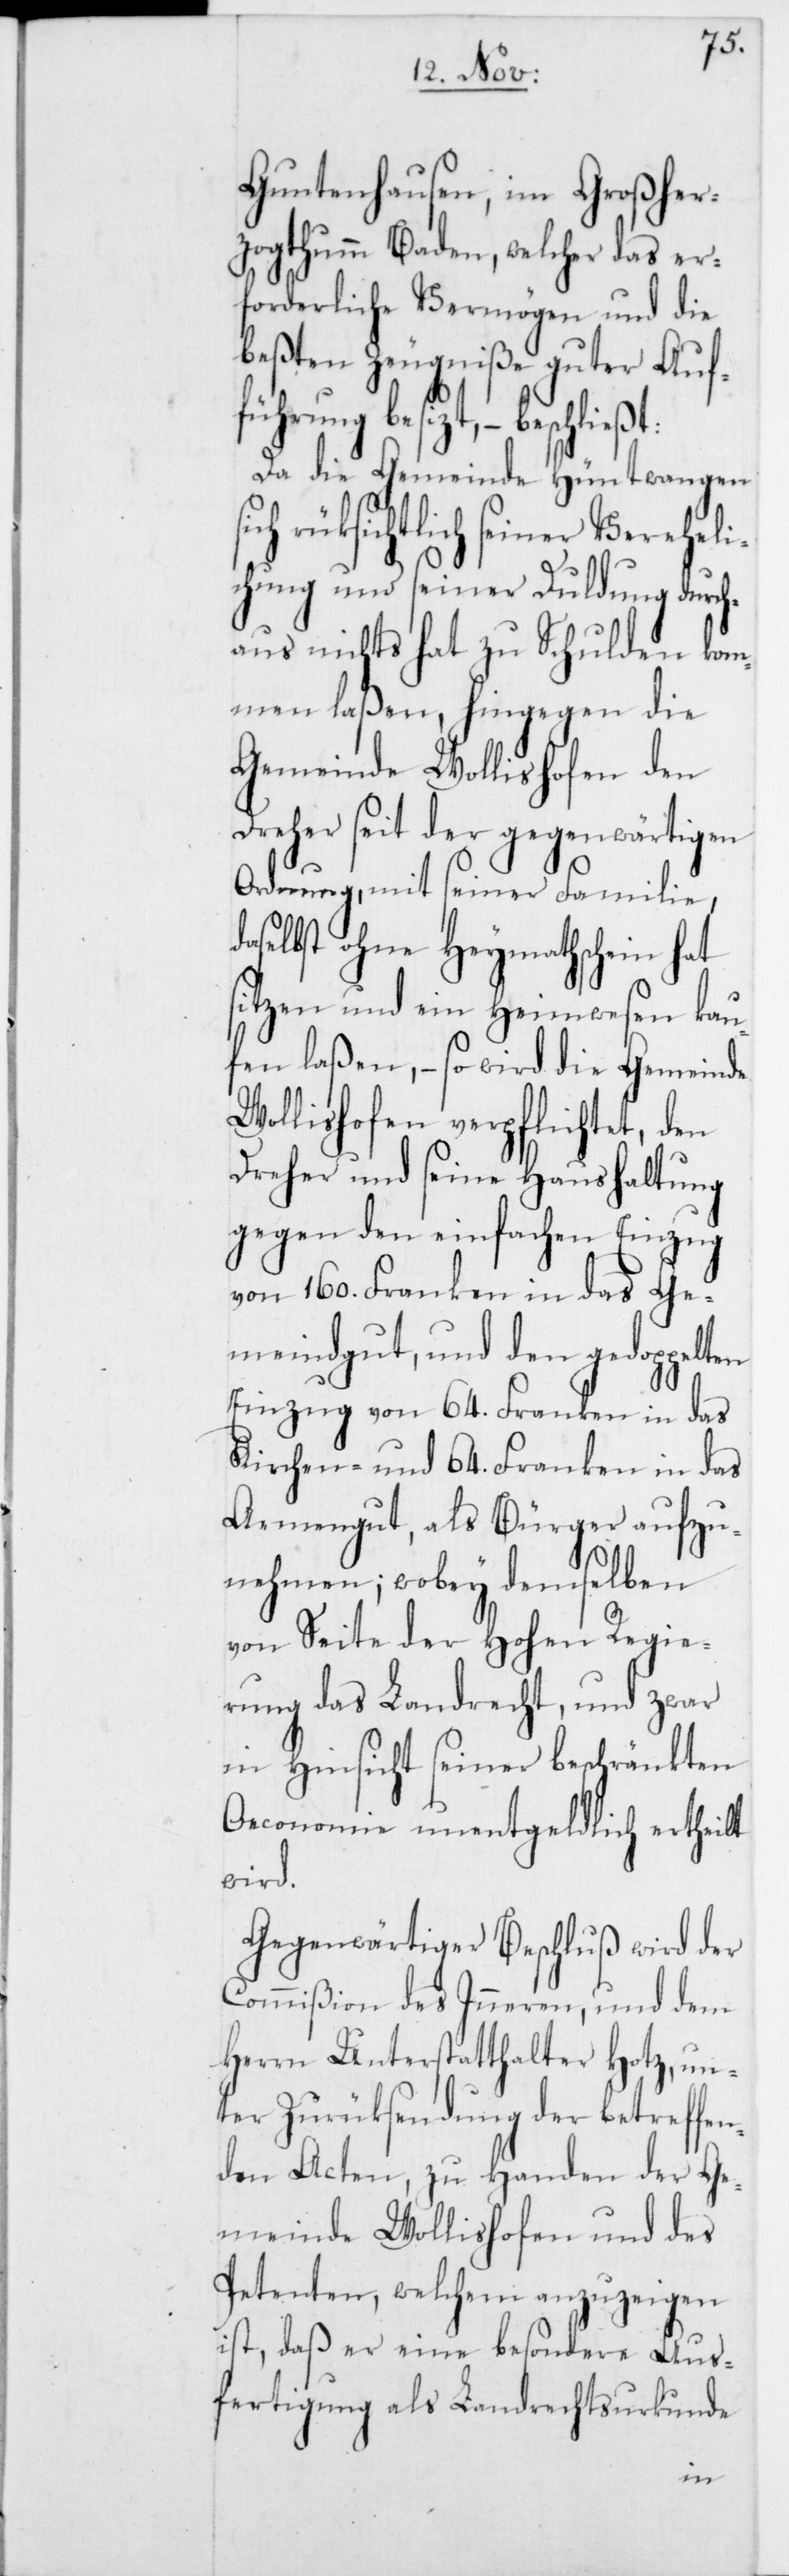
Guntenhausen, im Großher¬
[sic!] Baden, welcher das er¬
forderliche Vermögen und die
beßten Zeugniße guter Auf¬
führung besizt, – beschließt:
Da die Gemeinde Hüntwangen
rüksichtlich seiner Vereheli¬
chung und seiner Duldung durch¬
aus nichts hat zu Schulden kom¬
men laßen, hingegen die
Gemeinde Wollishofen den
Dreher seit der gegenwärtigen
Ordnung, mit seiner Familie,
daselbst ohne Heymathschein hat
sitzen und ein Heimwesen kau¬
fen laßen, – so wird die Gemeinde
Wollishofen verpflichtet, den
Dreher und seine Haushaltung
gegen den einfachen Einzug
von 160. Franken in das Ge¬
meindgut, und den gedoppelten
Einzug von 64. Franken in das
Kirchen- und 64. Franken in das
Armengut, als Bürger aufzu¬
nehmen; wobey demselben
von Seite der Hohen Regie¬
rung das Landrecht, und zwar
in Hinsicht seiner beschränkten
Oeconomie unentgeldlich ertheilt
wird.
Gegenwärtiger Beschluß wird der
Commißion des Inneren und dem
Herrn Unterstatthalter Hotz, un¬
ter Zurüksendung der betreffen¬
den Acten, zu Handen der Ge¬
meinde Wollishofen und des
Petenten, welchem anzuzeigen
ist, daß er eine besondere Aus¬
fertigung als Landrechtsurkunde
zogtumm